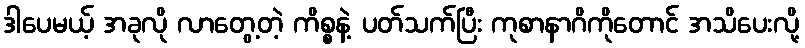
ဒါပေမယ့် အခုလို လာတွေ့တဲ့ ကိစ္စနဲ့ ပတ်သက်ပြီး ကုစာနာဂိကိုတောင် အသိပေးလို့